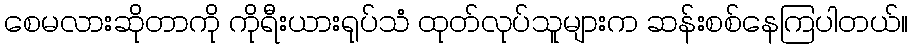
စေမလားဆိုတာကို ကိုရီးယားရုပ်သံ ထုတ်လုပ်သူများက ဆန်းစစ်နေကြပါတယ်။